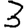
Digit: 3